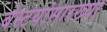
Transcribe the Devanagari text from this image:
बेस्टयांसारख्या